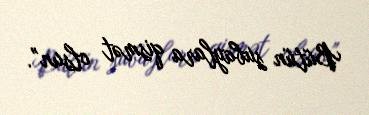
Bütün subaylara qismət olsun”.